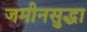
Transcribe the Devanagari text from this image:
जमीनसुद्धा